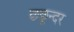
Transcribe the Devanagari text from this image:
छछून्दर